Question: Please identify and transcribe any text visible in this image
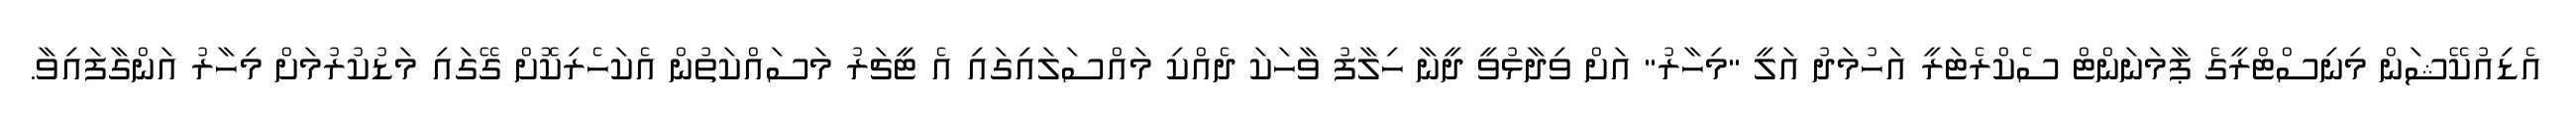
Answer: އެޑިއުކޭޝަން މިނިސްޓްރީގެ ޕާމަނަންޓް ސެކްރެޓަރީ އަހުމަދު އަލީ "މިހާރު" އަށް ވިދާޅުވީ ދީނާ ހިލާފު ވާހަކަ ދެއްކި މައްސަލައިގައި އެ ޓީޗަރު މަސައްކަތުން އެކަހެރިކޮށް ގޭގައި މަޑުކުރުމަށް މިހާރު އަންގާފައިވާ.